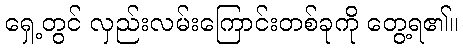
ရှေ့တွင် လှည်းလမ်းကြောင်းတစ်ခုကို တွေ့ရ၏။